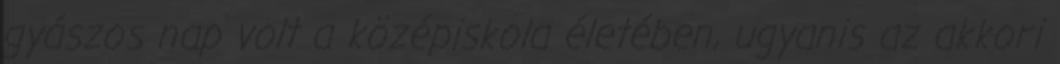
gyászos nap volt a középiskola életében, ugyanis az akkori